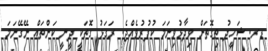
ޑރ. ޝަހީދު ތިގޮތަށް ވިދާޅުވިނަމަ ކުފުރުވެއްޖެ. ރަގަޅު ގޮތަކީ ދީނީ ކަންތައް ނޭގޭނަމަ